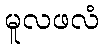
မူလဖလံ